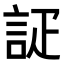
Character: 𮘇